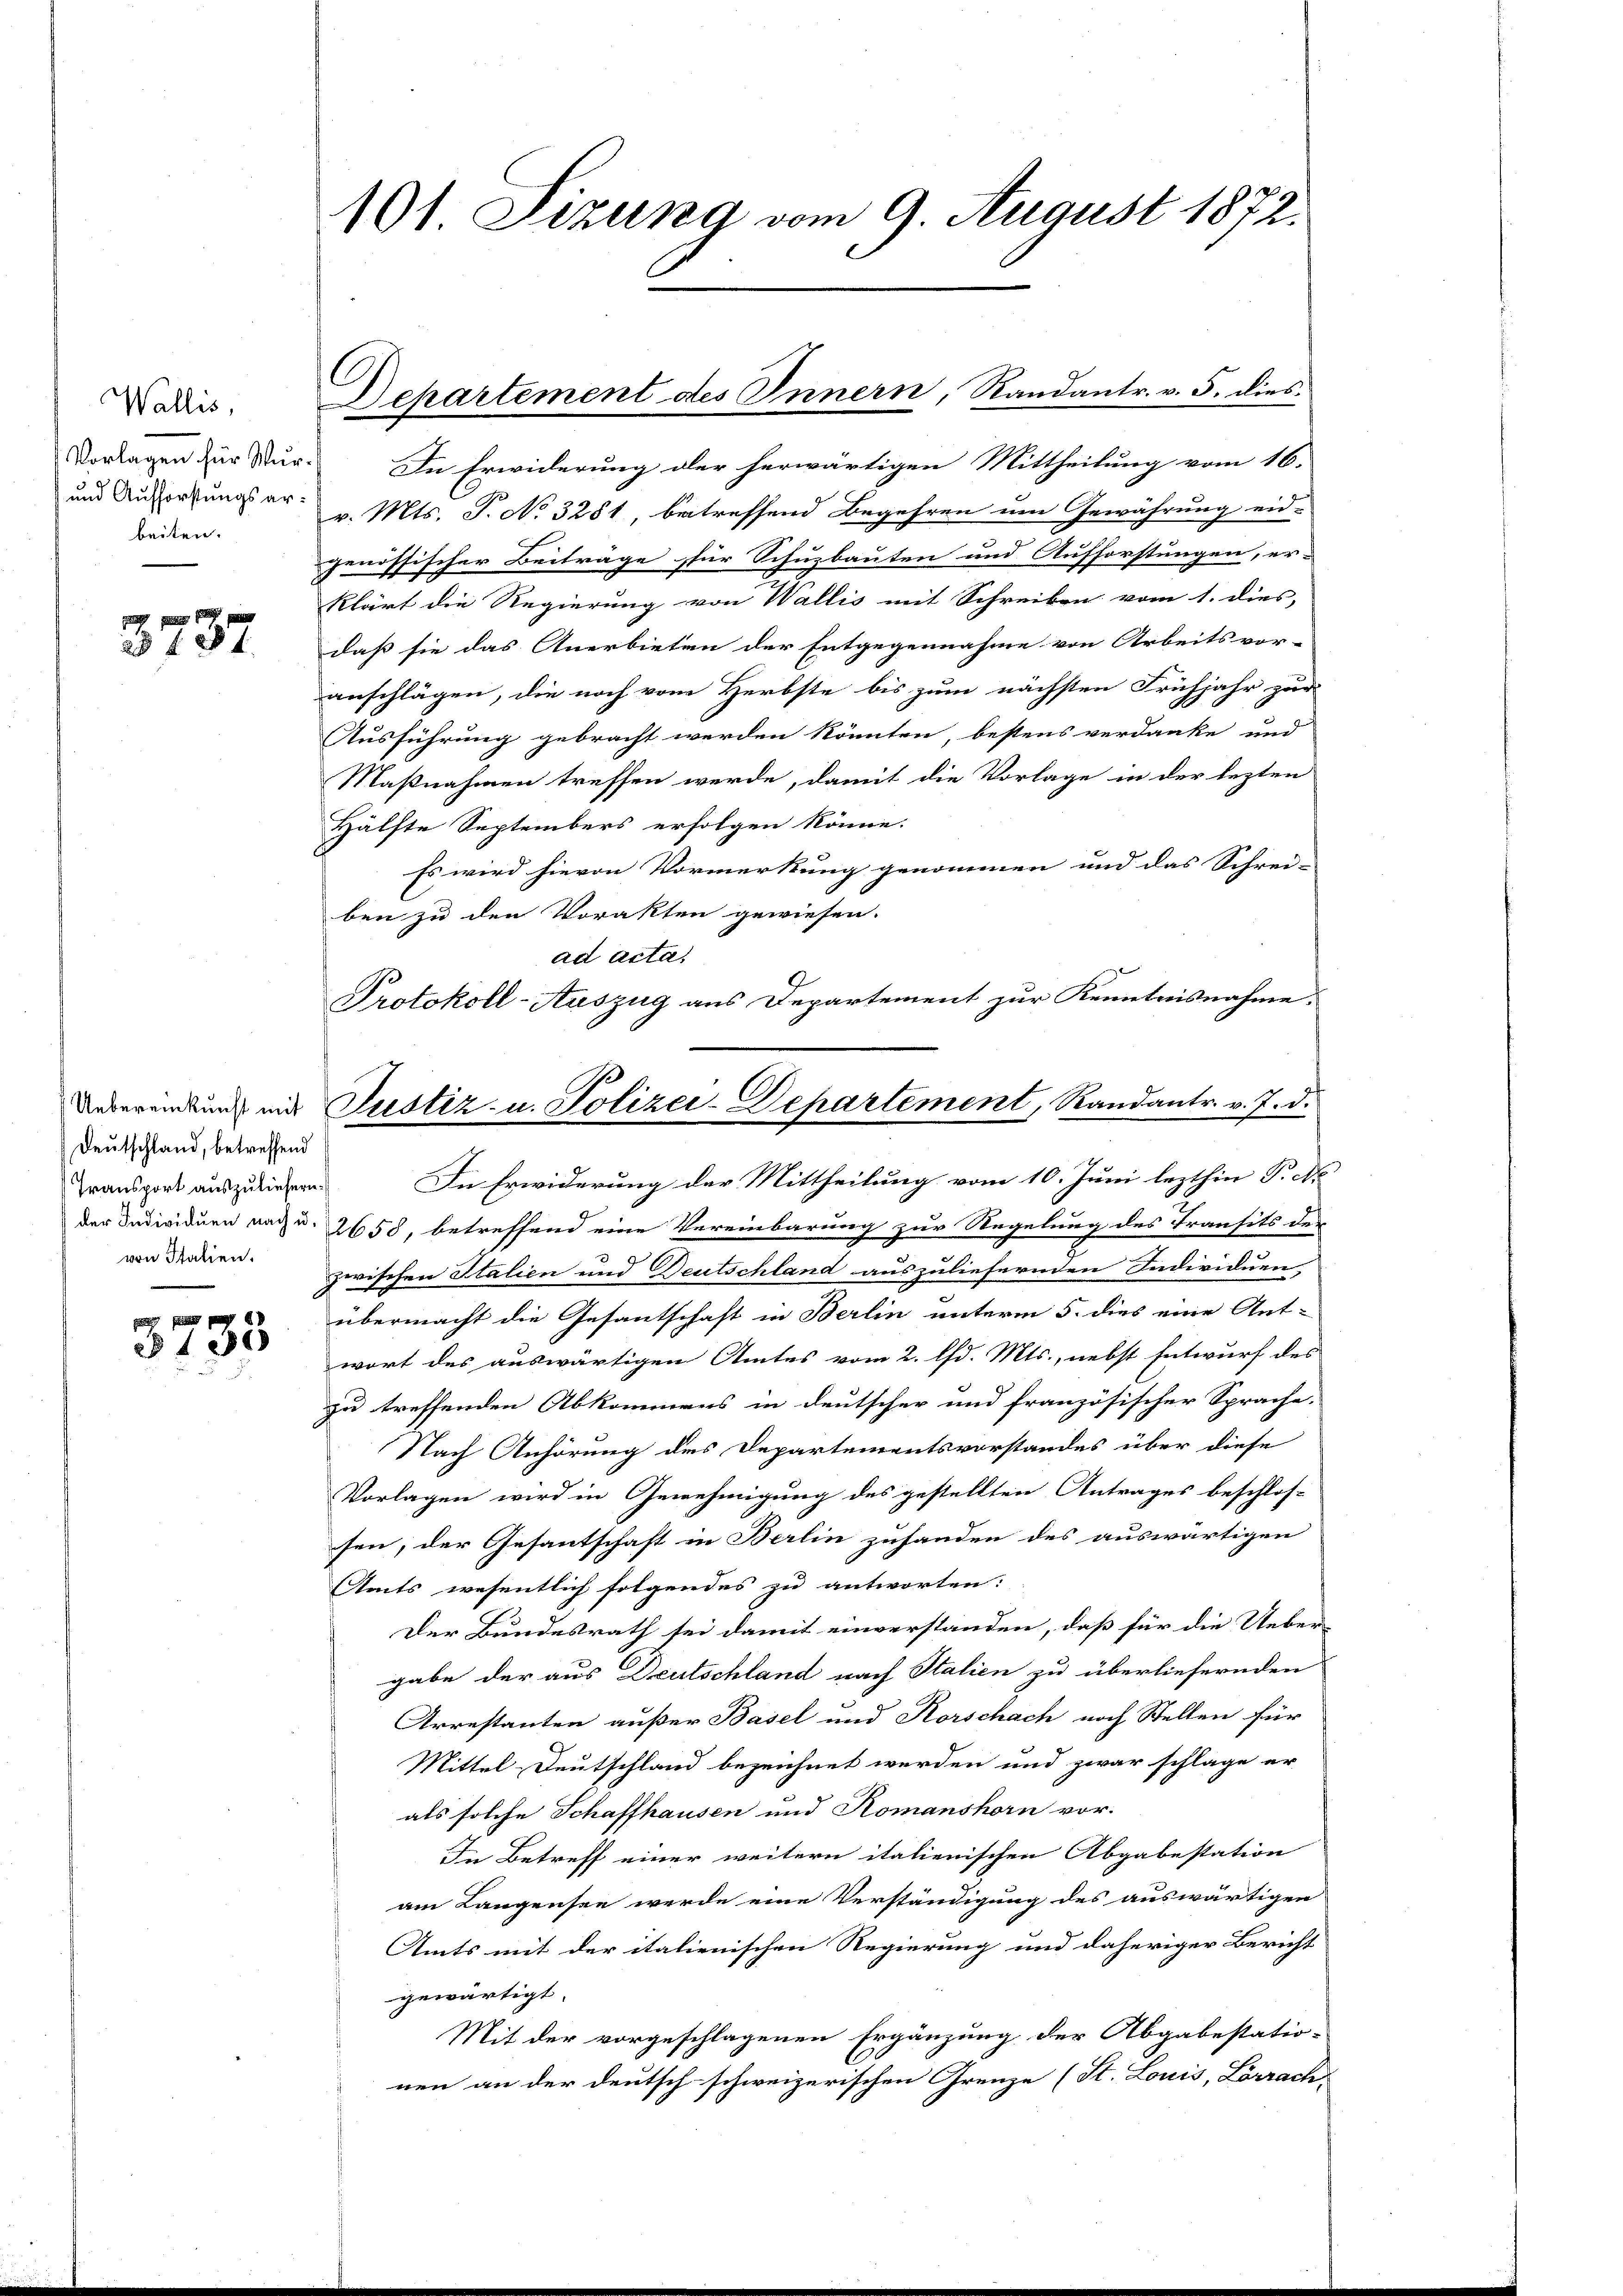
Wallis,
Vorlagen für Wur¬
und Aufforstungsarbeiten.

137.

Deutschland, betreffend
Transport auszuliefern.
von Italien.

§138

191. Sizung vom 9. August 1872.

In Erwiderung der herwärtigen Mittheilung vom 16.
v. Mts. T. No 3281, betreffend Begehren um Gewährung eid-
jenössischer Beiträge für Schuzbauten und Aufforstungen, er-
klärt die Regierung von Wallis mit Schreiben vom 1. dies,
daß sie das Anerbieten der Entgegennahme von Arbeitsvor-
anschlägen, die noch vom Herbste bis zum nächsten Frühjahr zur
Ausführung gebracht werden könnten, bestens verdanke und
Maßnahmen treffen werde, damit die Vorlage in der lezten
Hälfte Septembers erfolgen könne.
Es wird hievon Vormerkung genommen und das Schrei-
ben zu den Vorakten gewiesen.
ad acta.
In Erwiderung der Mittheilung vom 10. Juni lezthin P. Nr.
der Individuen nach u. 2658, betreffend eine Vereinbarung zur Regelung des Transits des
3
zwischen Italien und Deutschland auszuliefernden Individuen
übermacht die Gesantschaft in Berlin unterm 5. dies eine Ant-
wort des auswärtigen Amtes vom 2. d. Mts., nebst Entwurf des
zu treffenden Abkommens in deutscher und französischer Sprache.
Nach Anhörung des Departementsvorstandes über diese
Vorlagen wird in Genehmigung des gestellten Antrages beschlos-
sen; der Gesantschaft in Berlin zuhanden des auswärtigen
Amts wesentlich folgendes zu antworten:
Der Bundesrath sei damit einverstanden, daß für die Ueber
gabe der aus Deutschland nach Stalien zu überliefernden
Arrestanten außer Basel und Korschach noch Stellen für
Mittel-Deutschland bezeichnet werden und zwar schlage er
als solche Schaffhausen und Romanshorn vor.
In Betreff einer weitern italienischen Abgabestation
am Langensee werde eine Verständigung des auswärtigen
Amts mit der italienischen Regierung und daheriger Bericht
gewärtigt.
Mit der vorgeschlagenen Ergänzung der Abgabestatio-
nen an der deutsch schweizerischen Grenze (St. Louis, Lörrach

Departement des Innern, Randantr. v. 5. dies¬

Protokoll-Auszug aus Departement zur Kenntnisnahme.
Ueberendung und Justiz- u. Polizei-Departement, Randantr. v. 7. d.